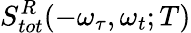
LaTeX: S_{tot}^{R}(-\omega_{\tau},\omega_{t};T)